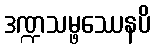
ဒဏ္ဍသမ္ဖဿေနပိ